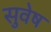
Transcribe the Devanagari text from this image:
सुवेष